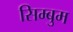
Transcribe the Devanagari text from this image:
सिम्बुम